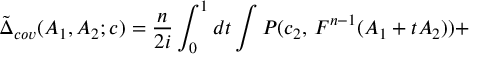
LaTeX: \tilde { \Delta } _ { c o v } ( A _ { 1 } , A _ { 2 } ; c ) = \frac { n } { 2 i } \int _ { 0 } ^ { 1 } d t \int P ( c _ { 2 } , \, F ^ { n - 1 } ( A _ { 1 } + t A _ { 2 } ) ) +